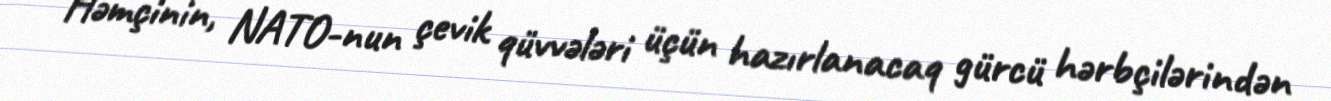
Həmçinin, NATO-nun çevik qüvvələri üçün hazırlanacaq gürcü hərbçilərindən